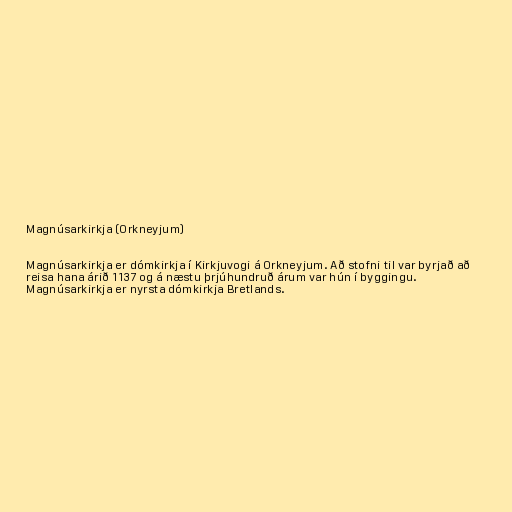
Magnúsarkirkja (Orkneyjum)

Magnúsarkirkja er dómkirkja í Kirkjuvogi á Orkneyjum. Að stofni til var byrjað að
reisa hana árið 1137 og á næstu þrjúhundruð árum var hún í byggingu.
Magnúsarkirkja er nyrsta dómkirkja Bretlands.